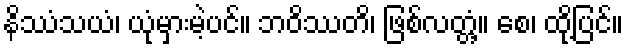
နိဿံသယံ၊ ယုံမှားမဲ့ပင်။ ဘဝိဿတိ၊ ဖြစ်လတ္တံ့။ စေ၊ ထို့ပြင်။